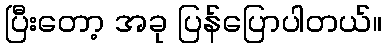
ပြီးတော့ အခု ပြန်ပြောပါတယ်။